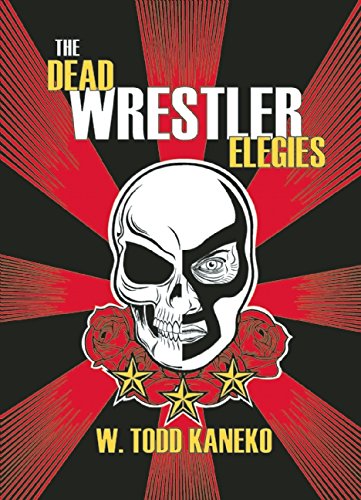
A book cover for The Dead Wrestler Elegies; W. Todd Kaneko; Sports & Outdoors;